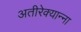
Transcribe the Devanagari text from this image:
अतीरेक्यान्ना